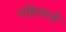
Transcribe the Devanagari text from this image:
पहिचानो